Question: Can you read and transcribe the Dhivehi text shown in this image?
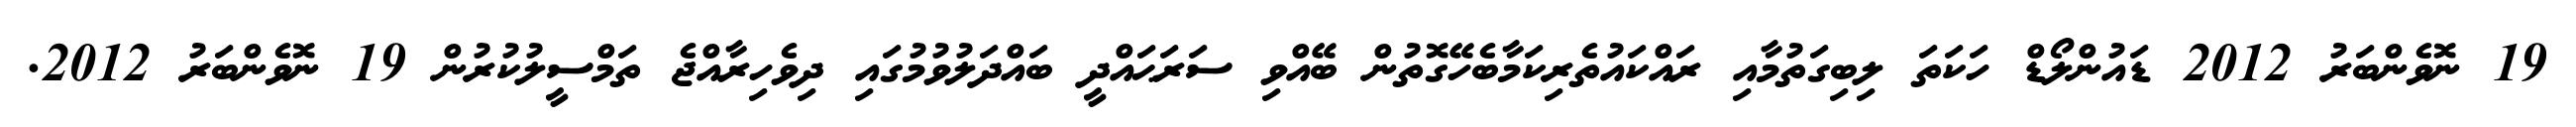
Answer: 19 ނޮވެންބަރު 2012 ޑައުންލޯޑް ހަކަތަ ލިބިގަތުމާއި ރައްކައުތެރިކަމާބެހޭގޮތުން ބޭއްވި ސަރަޙައްދީ ބައްދަލުވުމުގައި ދިވެހިރާއްޖެ ތަމްސީލުކުރުން 19 ނޮވެންބަރު 2012.